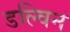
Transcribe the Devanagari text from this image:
डल्विन